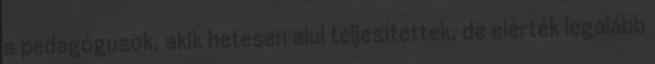
a pedagógusok, akik hetesen alul teljesítettek, de elérték legalább